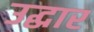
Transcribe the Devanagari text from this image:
उद्घार